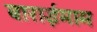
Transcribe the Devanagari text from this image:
बाराईमाम